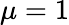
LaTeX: \mu=1